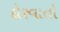
દોરવાતો